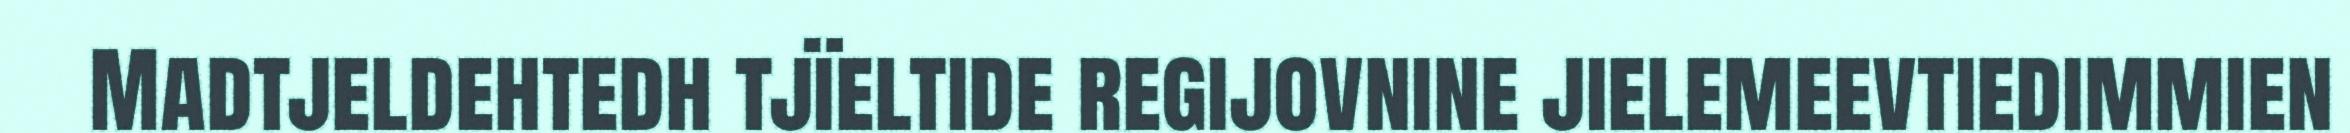
Madtjeldehtedh tjïeltide regijovnine jielemeevtiedimmien